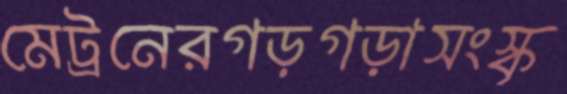
মেট্রনেরগড়গড়াসংস্কৃ